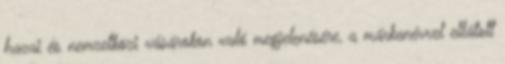
hazai és nemzetközi vásárokon való megjelenésére, a márkanévvel ellátott